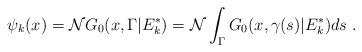
LaTeX: \begin{align*} \psi_k(x)={\mathcal N} G_0(x, \Gamma|E_k^*)={\mathcal N} \int_{\Gamma} G_0(x, \gamma(s)|E_k^*) d s \;. \end{align*}